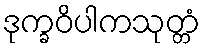
ဒုက္ခဝိပါကသုတ္တံ